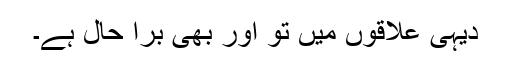
دیہی علاقوں میں تو اور بھی برا حال ہے۔